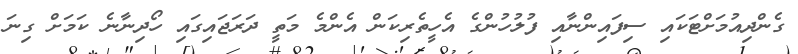
ގެންދިއުމަށްޓަކައި ސިފައިންނާއި ފުލުހުންގެ އެހީތެރިކަން އެންމެ މަތީ ދަރަޖައިގައި ހޯދިނާނެ ކަމަށް ގިނަ